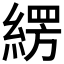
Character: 𮈫